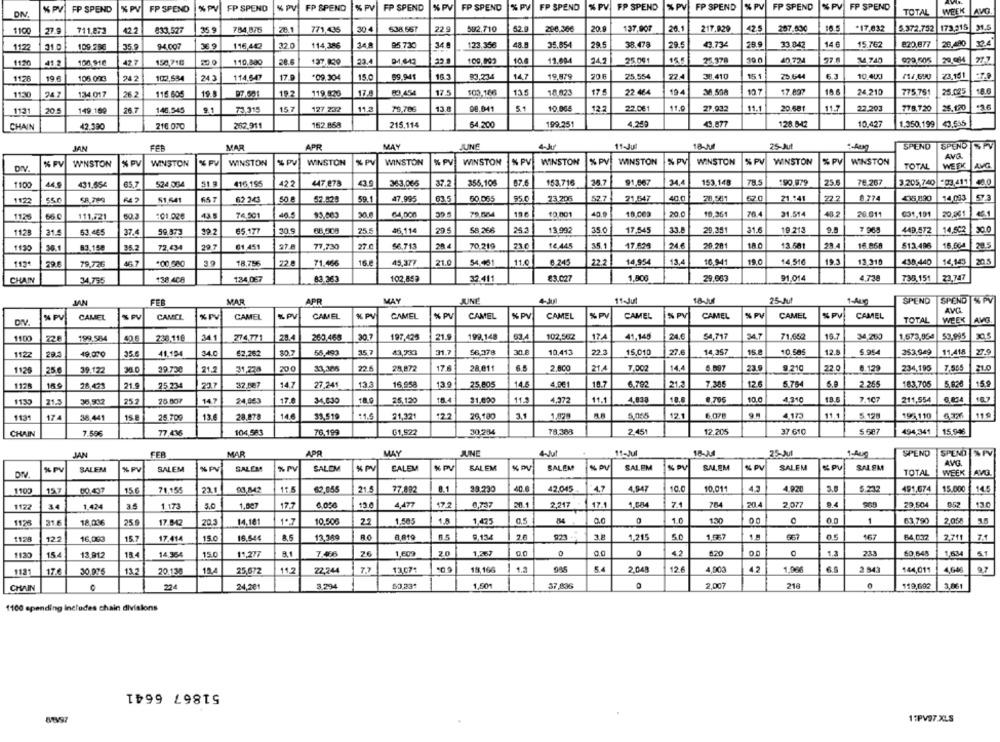
% PV
FP SPEND
% PV
FP SPEND
% PV FP SPEND
% PV
FP SPEND
%PV
FP SPEND
% PV
FP SPEND
% PV FP SPEND
% PV
FP SPEND
1% PV
FP SPEND
%PV
FP SPEND
DN
FP SPEND
TOTAL
WEEK
AVG
1100
711.873
01
833,527
35.9
784,876
28.1
771,435
30 4
638,567
22 9
592,710
286,366
20.1
137,907
20.1
217.829
42.5
257.030
*17.032
5.372.752 |173,515
31.5
116,442
32.
114,386
95 730
123,356
48
35.654
28.5
38.478
29.5
33.842
14 €
15.762
820.877
26.490
1122
21.0
109.23€
35
94.007
36.9
100.003
10.
12.694
24.2
25.00
40 724
M4 740
41
100 910
427
150,718
50.0
110,800
28.
137.830
83.234
19.979
20 F
25.554
38.410
15
25.644
63
10.400
23,151
1126
19
105.000
242
102,534
243
114.547
17.9
09.304
15.0
59.941
16.3
14.7
/11,690
17.
194
12.7
25.025
1130
24
134 017
26.2
116 605
19 8
19 2
119.820
17.8
83.454
175
103.186
13
18.823
22 464
38,508
17.897
24 .210
775.751
1121
20
149.169
26.7
140,545
9.1
73.315
15
127 232
11.2
79.786
13.8
08.041
5.
10.064
12.2
22.061
11.0
27.932
11.1
20.681
11.7
22.293
778.720
25.120
CHAIN
42.390
210 000
262.911
162.858
215,114
64.200
199.251
4.200
49.877
128.042
10.427
1.350.199
43.555
JAN
FER
MAR
APR
MAY
JUNE
11-Jul
18-J
25-Aut
"-Aug
SPEND
SPEND SPV
AVG.
WINSTON
% PV
WINSTON
WINSTON
WINSTON
% PV
WINSTON
%% PV
WINSTON
% PV
WINSTON
% PV
WINSTON
1% PV
WINSTON
% PV
WINSTON
% PV
WINSTON
DIV.
TOTAL
WEEK
AVG
431,65€
65.7
524.054
51.5
416 195
422
447.878
43.9
363,035
37.2
356.105
153.716
34.7
91,667
34.4
153.148
78
:90.979
25.
76.267
3.205,740 -03,411
1122
58,780
R4 2
51.641
6.5 7
62 243
52.525
59.1
47.995
63.5
50.065
95.0
73 .205
21,547
40.0
20.561
62.0
21.141
72.2
£ 274
435,890
14,033
57.3
1125
111,721
60.3
101.026
43.5
74.501
45.5
20.
64,000
79.504
196
10.001
40.0
10,003
20.0
10.361
21.514
40 2
26.011
031,191
20,001
31.
53.445
37.
59.873
92.2
65.177
30.
88,508
75.5
46,114
20.
58.266
13.992
35.0
17.545
33.
20,351
31.
19 213
9.
7 965
449.572
14,502
30.0
29.7
77,730
270
56,713
28
70 219
16.445
351
17.625
24€
20,20
18 0
13.581
28
16.858
513.496
78.5
1130
83.158
35.2
72,434
01,451
79.726
*00,580
3.9
18.756
22.8
71.466
16.
45,377
21.0
54.461
11.0
@ 245
22.2
14.954
13,
18,941
19.0
14.516
19.
12.310
438,440
14,143
20.5
CHAIN
34.755
138.408
134,067
83.363
102.853
32 411
83.027
1,90
29.663
91.014
4.738
735.151
23,747
FEB
MAR
APR
MAY
JANE
11-Jul
18-Jul
25-Jut
SPEND
SPEND % PV
AVG
% PV
CAMEL
CAMEL
CAMEL
CAMEL
CAMEL
N PV
CAMEL
% PV
CAMEL
CAMEL
% PV
CAMEL
% PV
CAMEL
% PV
CAMEL
TOTAL
WEEK
AVG
34.7
1100
199.564
233 119
341
274,771
28.
260,468
30.7
197,425
21.
199,148
102,562
174
41.145
24.6
$4,717
71.652
15.7
34,250
1,573,954 53,995
1122
19.070
35.0
41,194
34.0
62,262
80.
55,493
15 7
43,733
$6,378
30.8
10,413
22
15,010
27.6
14,357
15.8
10.585
12.
5.954
353,949
11.418
1126
39.122
30.0
29.730
21.5
31,278
22.6
28,872
17.
28.011
2.800
21/
7,002
14.4
6.897
23.9
9.210
22.0
8.12%
234,195
7,505
21.0
112
28 425
21.
25 234
217
32.887
14.7
27,241
133
16,958
13.9
25.805
14.5
4,001
18.7
6.792
21.2
7.305
126
5.764
2.265
183,705
5.820
159
1133
21.5
252
20 807
14.7
24,963
17.
34,430
18.0
25,120
10.
31,000
11.5
4,372
11.1
4,038
18.8
10.0
4,310
18.5
7.107
211,554
6.834
113
25.700
13
14.
31,510
11.5
21.321
12
26.180
1,079
8.8
5.065
12.1
6,075
4,173
5.120
192 1 10
119
174
38,441
28,878
104,583
76,199
G1,522
30.284
78,388
2.451
12,205
37.610
494,341
15.946
CHAIN
7.50€
77,436
FER
APR
MAY
JUNE
11~Jul
18-24
25-Jul
SPEND
SPEND %PV
JAN
MAR
1-Aug
% PV
SALEM
SALEM
SALEM
%rv
SALEM
SALEM
K PV
SALEM
% DV
SALEM
SALEM
N PV
SALEM
K PV
SALEM
« PU
SALEM
AVG
DIV.
TOTAL
WEEK
AVQ
1100
157
15€
71.155
23.1
93,842
11.5
62.055
21.5
77.892
8.1
30.230
40.
42,045-
4.7
4.947
10.0
10.011
45
4.920
5.232
491,674
15.000
140
1172
30
1.424
1.173
3.0
1.007
175
6.050
120
4,477
47.2
0,737
20.
2,247
17.4
71
704
20
2.077
29,504
952
130
10.506
1.8
0,5
0.0
0
1.0
130
63,790
2,058
1175
31.F
18,036
25 9
17.542
20.3
14,181
1*7
22
1,505
1.475
1
5.0
1138
16,000
15.7
17.414
15.0
16,544
13.300
RO
6.5
0,134
2.6
923
3.8
1.215
1.557
05
64 032
2.711
7.1
1130
152
13,912
13
14.354
150
11,277
7.46
26
1.609
20
1.267
0.0
42
$20
1.3
233
60,648
1.634
5.1
1121
17€
30.975
13.2
20 130
25,672
11.2
22.744
13.071
18,166
4.5
985
2.048
12.6
4.000
42
1,966
2.543
144,011
4,646
CHAIN
c
224
24,281
3.294
1,501
37,836
2.007
218
0
119,692
2.061
1100 spending includes chain divisions
51867 6641
81V97
11PV97.XLS